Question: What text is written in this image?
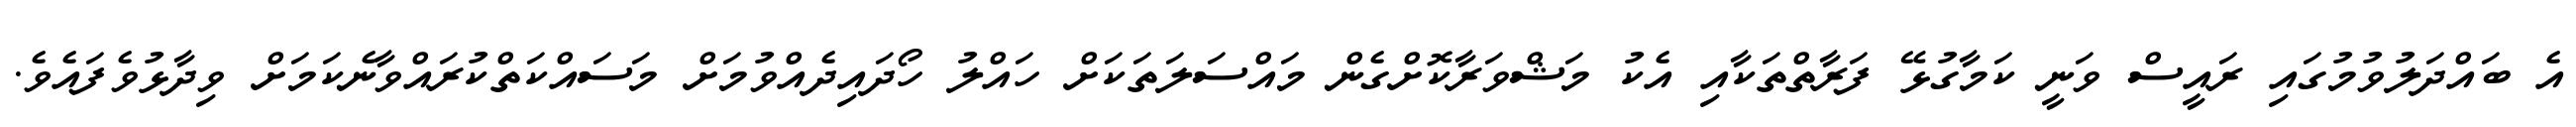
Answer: އެ ބައްދަލުވުމުގައި ރައީސް ވަނީ ކަމާގުޅޭ ފަރާތްތަކާއި އެކު މަޝްވަރާކޮށްގެން މައްސަލަތަކަށް ހައްލު ހޯދައިދެއްވުމަށް މަސައްކަތްކުރައްވާނެކަމަށް ވިދާޅުވެފައެވެ.